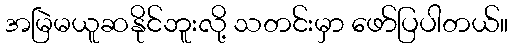
အမြဲမယူဆနိုင်ဘူးလို့ သတင်းမှာ ဖော်ပြပါတယ်။